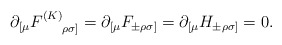
\begin{align*}\partial_{[\mu}F^{(K)}_{~~~~\rho\sigma]}=\partial_{[\mu}F_{\pm\rho\sigma]}=\partial_{[\mu}H_{\pm\rho\sigma]}=0.\end{align*}